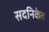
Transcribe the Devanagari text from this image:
सदनिकेत